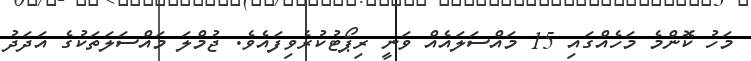
މަހު ކޮންމެ މަހެއްގައި 15 މައްސަލައެއް ވަނީ ރިޕޯޓުކުރެވިފައެވެ. ޖުމްލަ މައްސަލަތަކުގެ އަދަދު